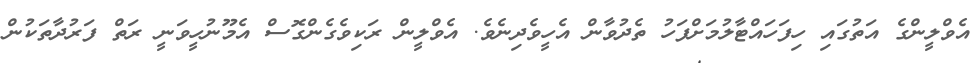
އެވްލީންގެ އަތުގައި ހިފަހައްޓާލުމަށްފަހު ތެދުވާން އެހީވެދިނެވެ. އެވްލީން ރަކިވެގެންގޮސް އެމޫނުހީވަނީ ރަތް ފަރުދާތަކުން